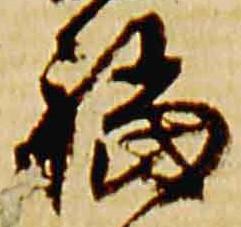
福